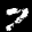
Label: 7